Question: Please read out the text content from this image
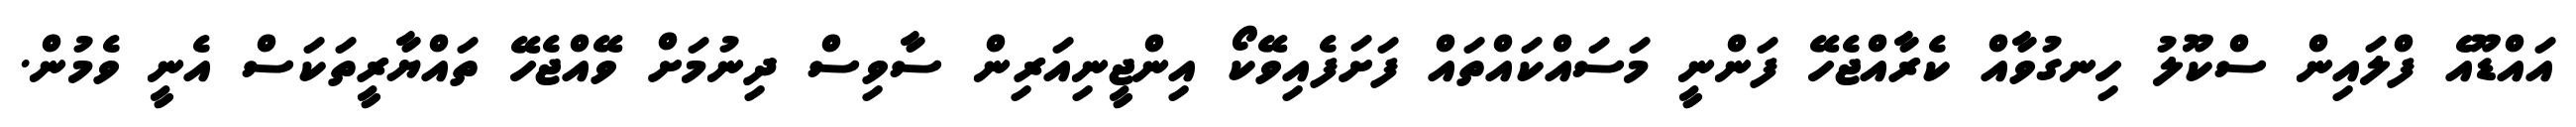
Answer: އައްޑޫއެ ފްލައިން ސްކޫލު ހިނގުވާއް ކެރާއްޖެހޭ ފަންނީ މަސައްކައްތައް ފަށަފެއިވޭކޯ އިންޖީނިއަރިން ސާވިސް ދިނުމަށް ވޭއްޖެހޭ ތައްޔާރީތަކަސް އެނީ ވެމުން.